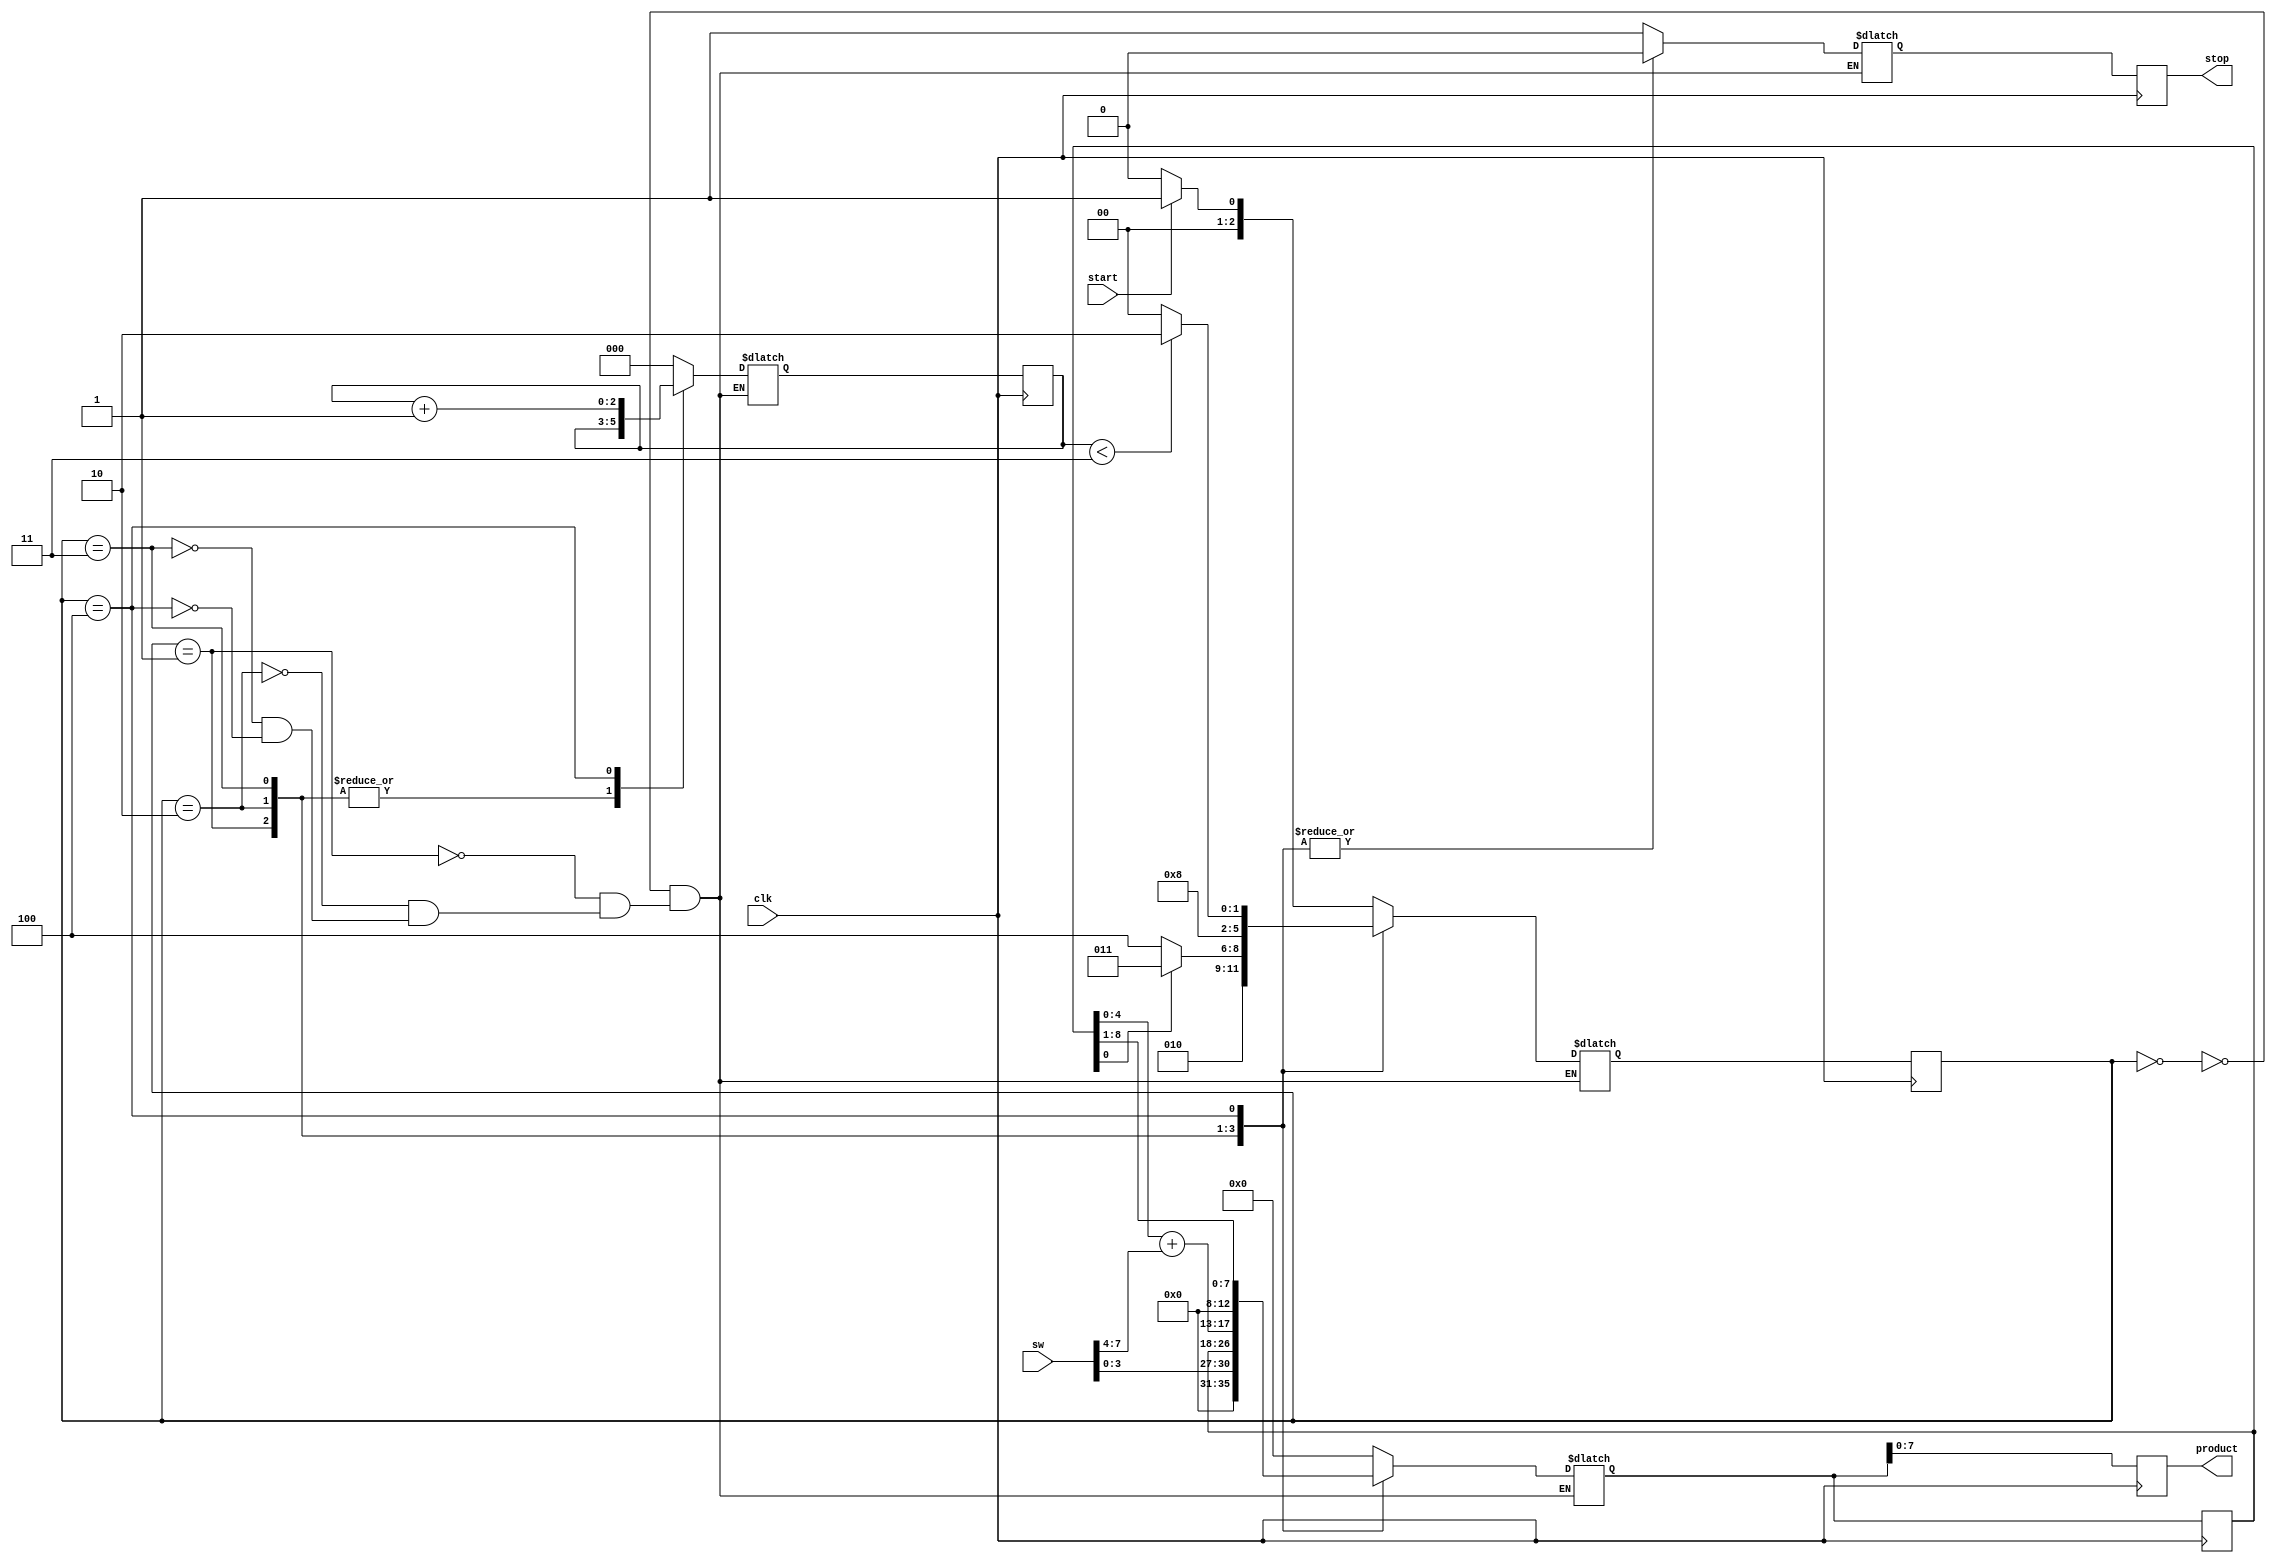
`timescale 1ns / 1ps

module mult(     
     input clk,   // Use input clock - no need for clock divider
     input start, // Center button     
     input [7:0] sw,  // Multiplicands - sw[7:4], sw[3:0]     
     output stop,     // Stop signal - LED[15]     
     output reg [7:0] product     // Product - LED[7:0]     
     );
     
     reg stopreg;  
     reg [2:0] cs, ns; // cs = current state, ns = next state
     reg [8:0] nextproduct, productreg;
     reg nextstop;
     reg [2:0] count, nextcount;
     reg loadcmd, nextloadcmd;
     reg addcmd, nextaddcmd;
     reg shiftcmd, nextshiftcmd;
     initial begin
        product <= 0;
        productreg <= 0;
        nextproduct <= 0;
        nextloadcmd <= 0;
        loadcmd <= 0;
        nextaddcmd <= 0;
        addcmd <= 0;
        nextstop <= 0;
        shiftcmd <= 0;
        nextshiftcmd <= 0;
        stopreg <= 0;
        count <= 0;
        nextcount <= 0;
        cs <= 0;
        ns <= 0;
    end
    
    
     
   always @(sw, productreg, cs, start, loadcmd, addcmd, shiftcmd, stopreg, count) begin
         case(cs)
            0: begin // idle
                nextstop <= 1;
                nextloadcmd <= 0;
                nextaddcmd <= 0;
                nextshiftcmd <= 0;
                nextproduct <= 0;
                nextcount <= 0;
                if(start) ns <= 1; // init
                else ns <= 0;
            end
            1: begin // init
                nextstop <= 0;
                nextloadcmd <= 1;
                nextaddcmd <= 0;
                nextshiftcmd <= 0;
                nextcount <= count;
                nextproduct <= sw[3:0];
                ns <= 2; // test
            end
            2: begin // test
                nextstop <= 0;
                nextloadcmd <= 0;
                nextaddcmd <= 0;
                nextshiftcmd <= 0;
                nextcount <= count;
                nextproduct <= productreg; 
                if(productreg[0]) ns <= 3;
                else ns <= 4;
            end
            3: begin // add
                nextstop <= 0;
                nextloadcmd <= 0;
                nextaddcmd <= 1;
                nextproduct <= productreg + sw[7:4]<<4;
                nextcount <= count;
                nextshiftcmd <= 0;
                ns <= 4;
            end
            4: begin // shift
                if(count < 3) ns <= 2;
                else ns <= 0;
                nextstop <= 0;
                nextloadcmd <= 0;
                nextaddcmd <= 0;
                nextcount <= count + 1;
                nextshiftcmd <= 1;
                nextproduct <= productreg>>1;
            end
         endcase
     end
     
     always @(posedge clk) begin
        cs <= ns;
        productreg <= nextproduct;
        product <= nextproduct[7:0];
        stopreg <= nextstop;
        loadcmd <= nextloadcmd;
        addcmd <= nextaddcmd;
        shiftcmd <= nextshiftcmd;
        count <= nextcount;
     end
     
     assign stop = stopreg; 
      
endmodule